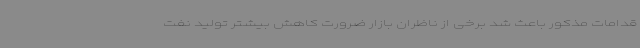
قدامات مذکور باعث شد برخی از ناظران بازار ضرورت کاهش بیشتر تولید نفت